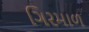
ગિરમાળ